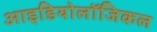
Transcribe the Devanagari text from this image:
आइडियोलॉजिकल